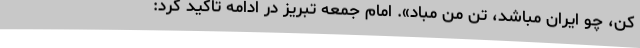
کن، چو ایران مباشد، تن من مباد». امام جمعه تبریز در ادامه تاکید کرد: